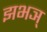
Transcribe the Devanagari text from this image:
झभञ्